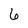
Character: 6